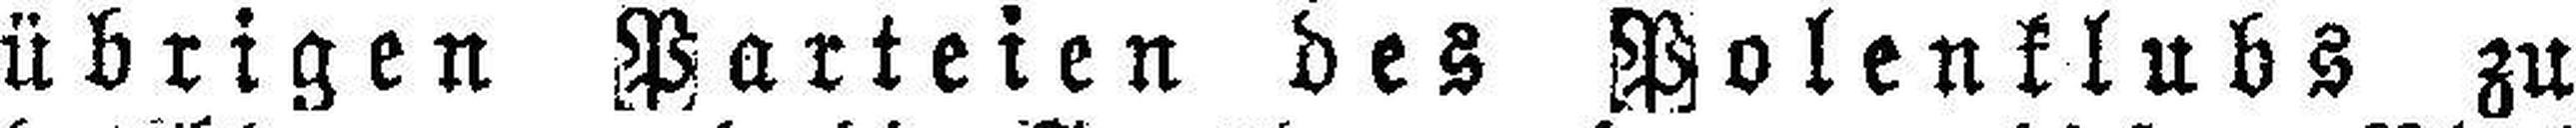
übrigen Parteien des Polenklubs zu